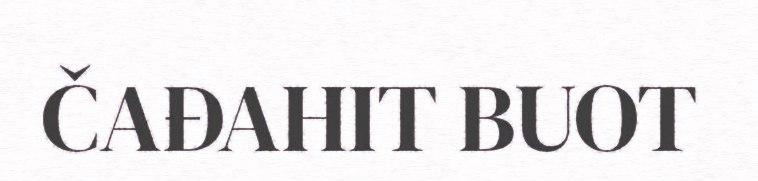
ČAĐAHIT BUOT